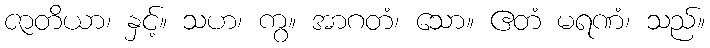
ဇာတိယာ၊ နှင့်။ သဟ၊ ကွ။ အာဂတံ၊ သော။ ဧတံ မရဏံ၊ သည်။